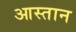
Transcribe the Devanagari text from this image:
आस्तान